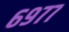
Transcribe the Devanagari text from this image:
६९७७